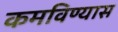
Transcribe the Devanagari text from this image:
कमविण्यास